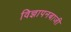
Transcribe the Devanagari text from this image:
विज्ञापनबाजी